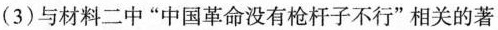
(3)与材料二中”中国革命没有枪杆子不行”相关的著